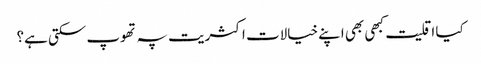
کیا اقلیت کبھی بھی اپنے خیالات اکثریت پہ تھوپ سکتی ہے؟